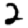
Digit: 2